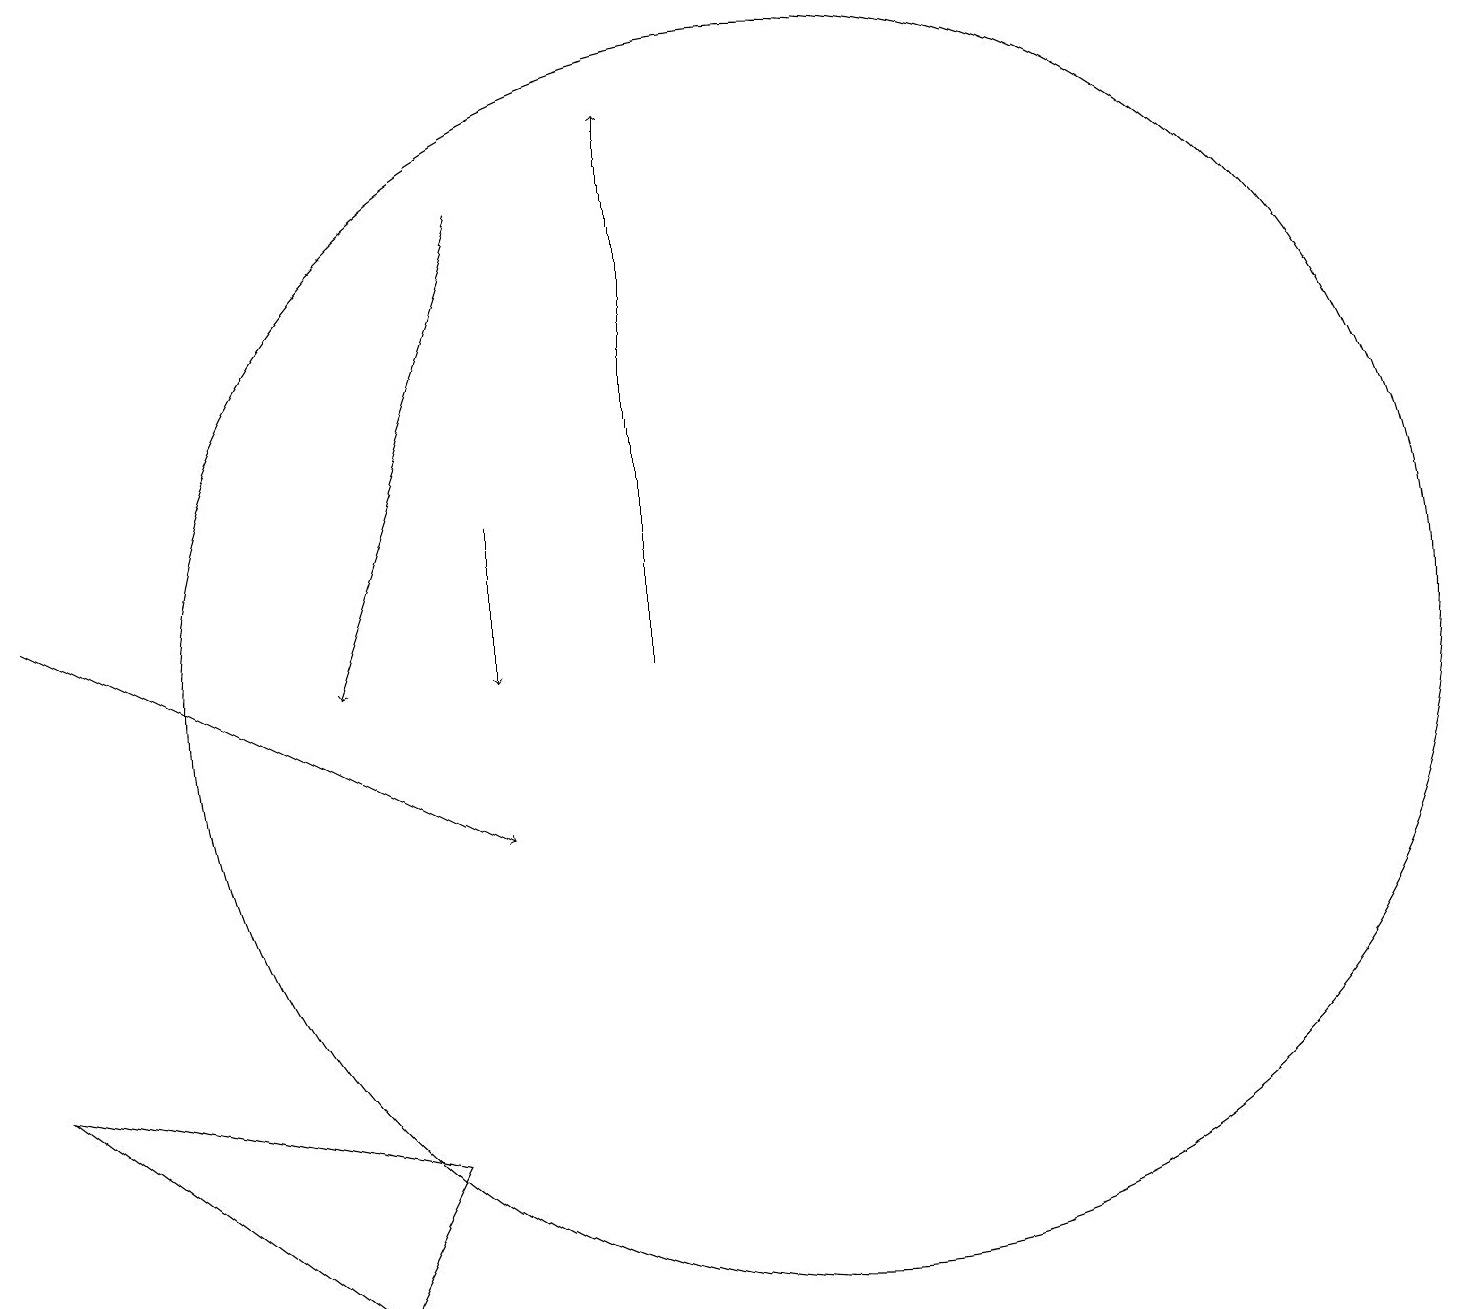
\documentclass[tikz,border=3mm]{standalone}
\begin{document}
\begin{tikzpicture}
\draw (4,4) -- (0,7) -- (5,6) -- cycle;
\draw[->] (6,18) -- (4,12);
\draw[->] (8,12) -- (8,19);
\draw (10,12) circle (8);
\draw[->] (0,13) -- (6,10);
\draw[->] (6,14) -- (6,12);
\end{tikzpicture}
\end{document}